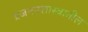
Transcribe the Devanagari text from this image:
प्रजननशास्त्रातील